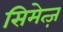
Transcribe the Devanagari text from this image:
सिमेत्ज़